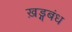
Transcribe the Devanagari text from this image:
ख़ड्गबंध